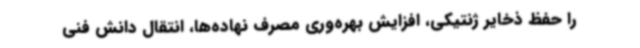
را حفظ ذخایر ژنتیکی، افزایش بهره‌وری مصرف نهاده‌ها، انتقال دانش فنی